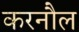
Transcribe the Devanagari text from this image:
करनौल